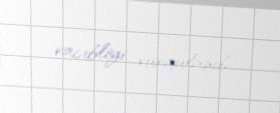
vacibliyi vurğulanıb.